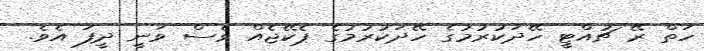
ހަތް ރޭ ޗުއްޓީ ހޭދަކުރުމުގެ ހޭދަކުރުމުގެ ޕެކޭޖެއް ވެސް ވަނީ ދީފަ އެވެ.